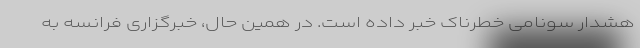
هشدار سونامی خطرناک خبر داده است. در همین حال، خبرگزاری فرانسه به